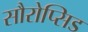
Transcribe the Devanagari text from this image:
सौरोप्सिड